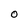
Character: O